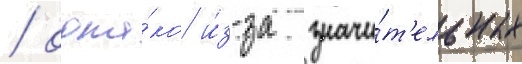
/ одна́ко и́з-за значи́т'ельных